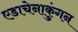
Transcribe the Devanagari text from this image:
एडाचेनाकुंगन